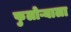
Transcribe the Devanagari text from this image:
फुलोऱ्याला